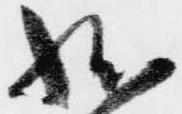
状